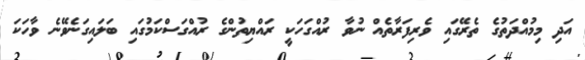
އަދި މިމުއްދަތުގެ ތެރޭގައި ވެރިފަރާތެއް ނުވާ ރުއްގަހަކީ ރައްޔިތުންގެ ރުއްގަސްކަމުގައި ބަލައިގަނެވޭނެ ވާހަކަ